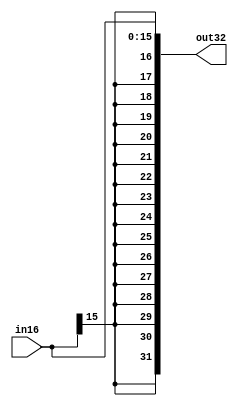
module sign_ext_16(in16, out32);

	input [15:0] in16;
	
	output reg [31:0] out32;
	
	always @(in16)
	begin
	
	out32 <= $signed(in16);
	
	end
endmodule